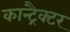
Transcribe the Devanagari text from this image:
कान्ट्रैक्टर